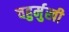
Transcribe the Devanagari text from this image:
चहुर्मुखी